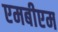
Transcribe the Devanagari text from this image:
एमबीएम